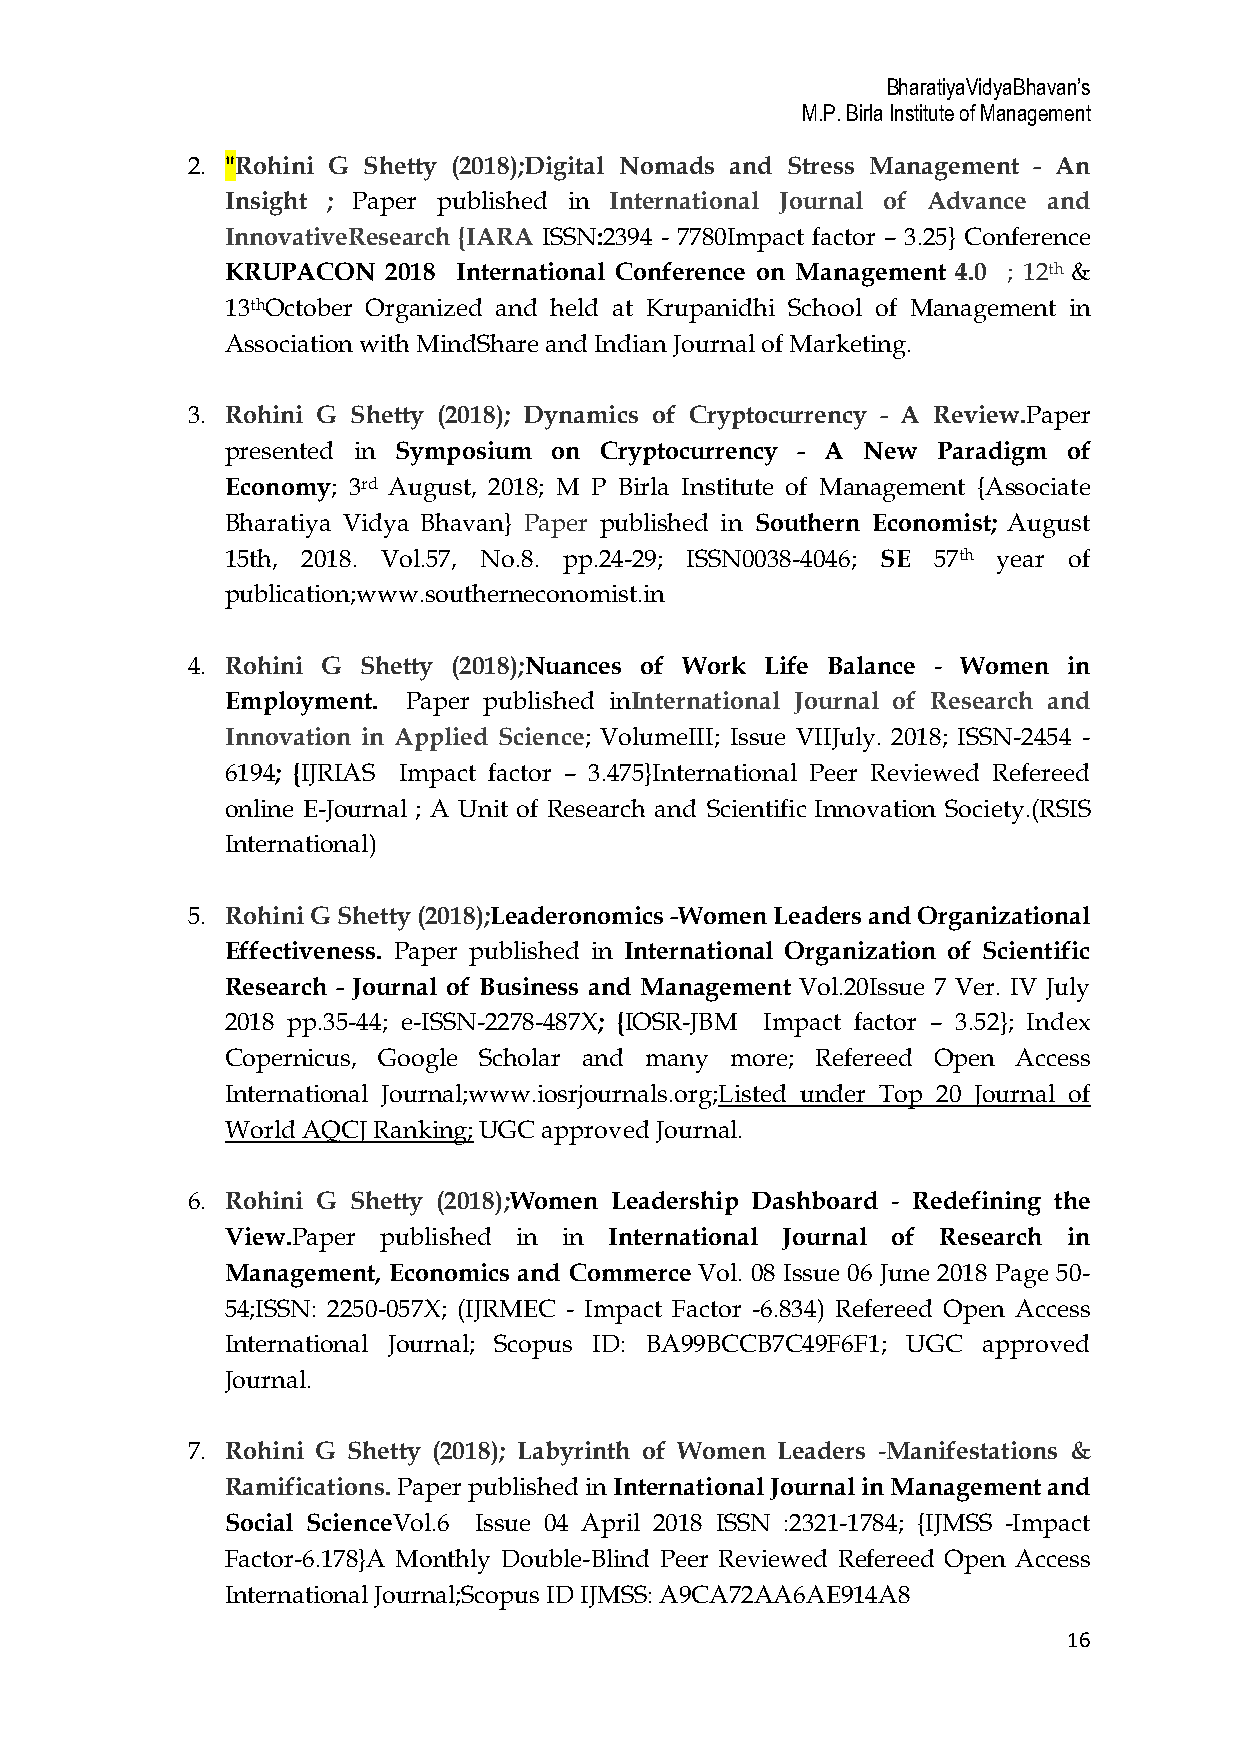
BharatiyaVidyaBhavan’s
 M.P. Birla Institute of Management
 2. "Rohini G Shetty (2018);Digital Nomads and Stress Management - An
 Insight ; Paper published in International Journal of Advance and
 InnovativeResearch {IARA ISSN:2394 - 7780Impact factor – 3.25} Conference
 KRUPACON   2018 International Conference on Management 4.0 ; 12th &
 13thOctober Organized and held at Krupanidhi School of Management in
 Association with MindShare and Indian Journal of Marketing.
 3. Rohini G Shetty (2018); Dynamics of Cryptocurrency - A Review.Paper
 presented in Symposium on Cryptocurrency - A New Paradigm of
 Economy; 3rd August, 2018; M P Birla Institute of Management {Associate
 Bharatiya Vidya Bhavan} Paper published in Southern Economist; August
 15th, 2018. Vol.57, No.8. pp.24-29; ISSN0038-4046; SE 57th year of
 publication;www.southerneconomist.in
 4. Rohini G Shetty (2018);Nuances of Work Life Balance - Women in
 Employment. Paper published inInternational Journal of Research and
 Innovation in Applied Science; VolumeIII; Issue VIIJuly. 2018; ISSN-2454 -
 6194; {IJRIAS Impact factor – 3.475}International Peer Reviewed Refereed
 online E-Journal ; A Unit of Research and Scientific Innovation Society.(RSIS
 International)
 5. Rohini G Shetty (2018);Leaderonomics -Women Leaders and Organizational
 Effectiveness. Paper published in International Organization of Scientific
 Research - Journal of Business and Management Vol.20Issue 7 Ver. IV July
 2018 pp.35-44; e-ISSN-2278-487X; {IOSR-JBM Impact factor – 3.52}; Index
 Copernicus, Google Scholar and many more; Refereed Open Access
 International Journal;www.iosrjournals.org;Listed under Top 20 Journal of
 World AQCJ Ranking; UGC approved Journal.
 6. Rohini G Shetty (2018);Women Leadership Dashboard - Redefining the
 View.Paper published in in International Journal of Research in
 Management, Economics and Commerce Vol. 08 Issue 06 June 2018 Page 50-
 54;ISSN: 2250-057X; (IJRMEC - Impact Factor -6.834) Refereed Open Access
 International Journal; Scopus ID: BA99BCCB7C49F6F1; UGC approved
 Journal.
 7. Rohini G Shetty (2018); Labyrinth of Women Leaders -Manifestations &
 Ramifications. Paper published in International Journal in Management and
 Social ScienceVol.6 Issue 04 April 2018 ISSN :2321-1784; {IJMSS -Impact
 Factor-6.178}A Monthly Double-Blind Peer Reviewed Refereed Open Access
 International Journal;Scopus ID IJMSS: A9CA72AA6AE914A8
 16